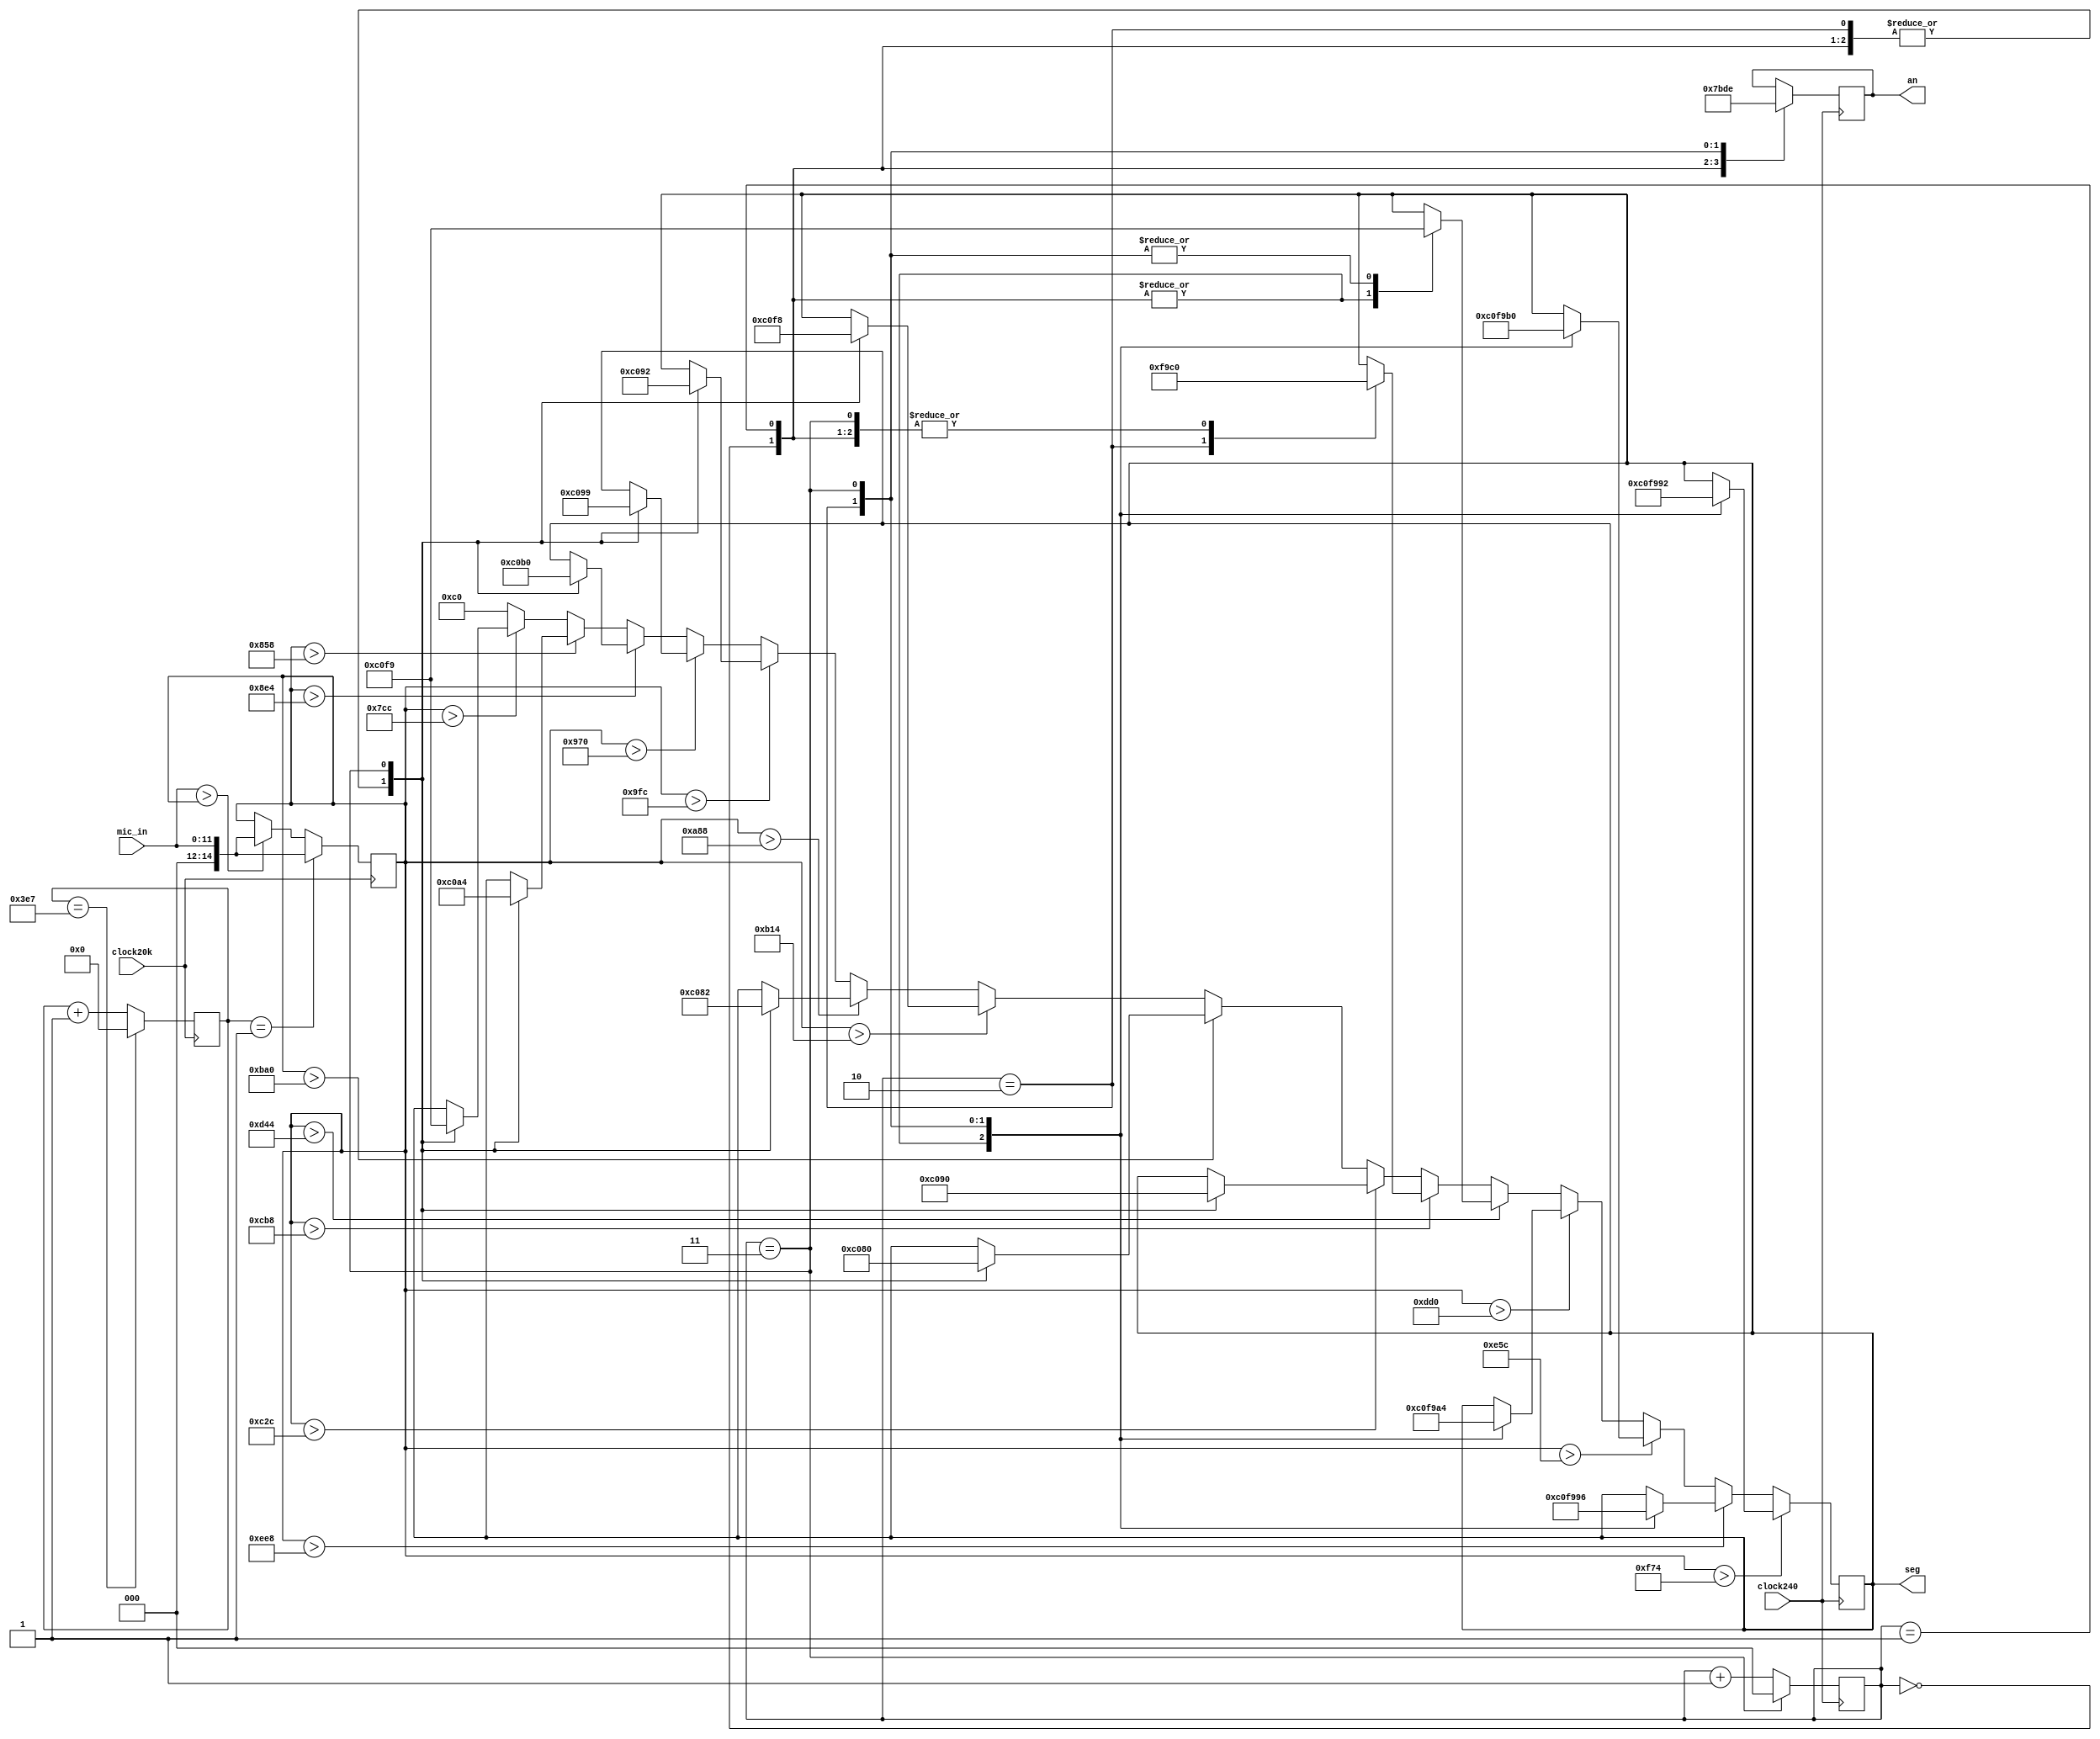
`timescale 1ns / 1ps


module seg_volume_disp(
    input clock20k,
    input clock240,
    input [11:0] mic_in,
    output reg [3:0] an,
    output reg [7:0] seg
    );
    
    //to find max
    reg [9:0] count = 0;
    reg [14:0] max;
    always @ (posedge clock20k)
    begin
        count <= (count == 999) ? 0 : count + 1;
        if(count == 1)
            max = mic_in;
        else
            max = (mic_in > max) ? mic_in : max;
    end
    
    //anode control
    reg [2:0] an_counter=0;
    always @(posedge clock240)
    begin
    begin
    an_counter <= (an_counter == 3) ? 0 : an_counter + 1;
    end
    begin
        case (an_counter)
            0 : an <= 4'b0111;
            1 : an <= 4'b1011;
            2 : an <= 4'b1101;
            3 : an <= 4'b1110;
        endcase
    end
    end
    
    //cathode control
    always @ (posedge clock240)
    begin
    if(max>3956)
        case(an_counter) //15
            0 : seg = 8'b11000000;
            1 : seg = 8'b11000000;
            2 : seg = 8'b11111001;
            3 : seg = 8'b10010010;
        endcase
    else if (max>3816)
        case(an_counter)//14
            0 : seg = 8'b11000000;
            1 : seg = 8'b11000000;
            2 : seg = 8'b11111001;
            3 : seg = 8'b10010110;
        endcase
    else if (max>3676)
        case(an_counter)//13
                0 : seg = 8'b11000000;
                1 : seg = 8'b11000000;
                2 : seg = 8'b11111001;
                3 : seg = 8'b10110000;
        endcase
    else if (max>3536)
        case(an_counter)//12
                0 : seg = 8'b11000000;
                1 : seg = 8'b11000000;
                2 : seg = 8'b11111001;
                3 : seg = 8'b10100100;
        endcase
    else if (max>3396)
        case(an_counter)//11
                    0 : seg = 8'b11000000;
                    1 : seg = 8'b11000000;
                    2 : seg = 8'b11111001;
                    3 : seg = 8'b11111001;
            endcase
    else if (max> 3256)
        case(an_counter)//10
                    0 : seg = 8'b11000000;
                    1 : seg = 8'b11000000;
                    2 : seg = 8'b11111001;
                    3 : seg = 8'b11000000;
            endcase
    else if (max > 3116)
        case(an_counter)//9
                    0 : seg = 8'b11000000;
                    1 : seg = 8'b11000000;
                    2 : seg = 8'b11000000;
                    3 : seg = 8'b10010000;
            endcase
    else if (max > 2976)
        case(an_counter)//8
                        0 : seg = 8'b11000000;
                        1 : seg = 8'b11000000;
                        2 : seg = 8'b11000000;
                        3 : seg = 8'b10000000;
                endcase
    else if (max > 2836)
        case(an_counter)//7
                        0 : seg = 8'b11000000;
                        1 : seg = 8'b11000000;
                        2 : seg = 8'b11000000;
                        3 : seg = 8'b11111000;
                endcase
    else if (max > 2696)
        case(an_counter)//6
                    0 : seg = 8'b11000000;
                    1 : seg = 8'b11000000;
                    2 : seg = 8'b11000000;
                    3 : seg = 8'b10000010;
            endcase    
    else if (max > 2556)
            case(an_counter)//5
                0 : seg = 8'b11000000;
                1 : seg = 8'b11000000;
                2 : seg = 8'b11000000;
                3 : seg = 8'b10010010;
        endcase
    else if (max > 2416)
                case(an_counter)//4
                0 : seg = 8'b11000000;
                1 : seg = 8'b11000000;
                2 : seg = 8'b11000000;
                3 : seg = 8'b10011001;
        endcase
    else if (max > 2276)
                case(an_counter)//3
                0 : seg = 8'b11000000;
                1 : seg = 8'b11000000;
                2 : seg = 8'b11000000;
                3 : seg = 8'b10110000;
        endcase
    else if (max > 2136)
                case(an_counter)//2
                0 : seg = 8'b11000000;
                1 : seg = 8'b11000000;
                2 : seg = 8'b11000000;
                3 : seg = 8'b10100100;
        endcase
    else if (max > 1996)
                          case(an_counter)//1
    0 : seg = 8'b11000000;
    1 : seg = 8'b11000000;
    2 : seg = 8'b11000000;
    3 : seg = 8'b11111001;
endcase         
    else 
        seg = 8'b11000000;
        end
    
endmodule